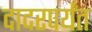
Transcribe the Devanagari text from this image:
दादरपर्यंत